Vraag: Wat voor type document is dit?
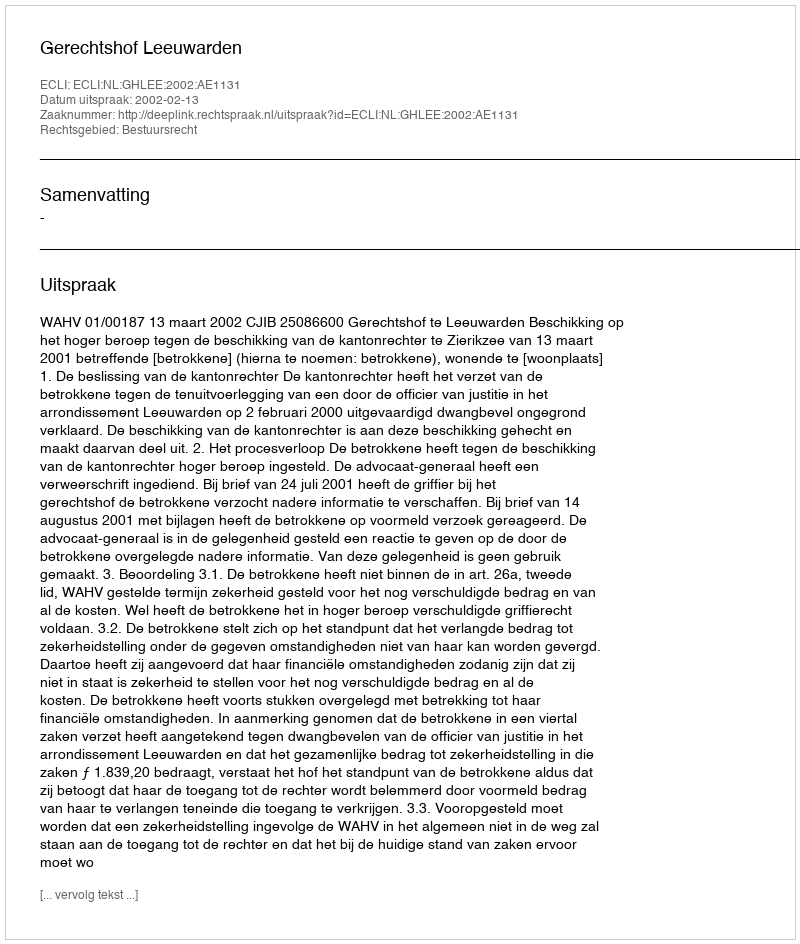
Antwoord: Uitspraak